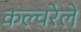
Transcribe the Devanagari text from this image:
कल्चरेले